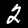
Label: 2